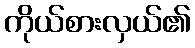
ကိုယ်စားလှယ်၏